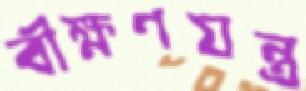
বীক্ষণযন্ত্র